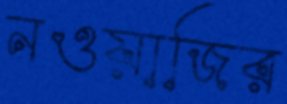
নওয়াজির